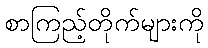
စာကြည့်တိုက်များကို